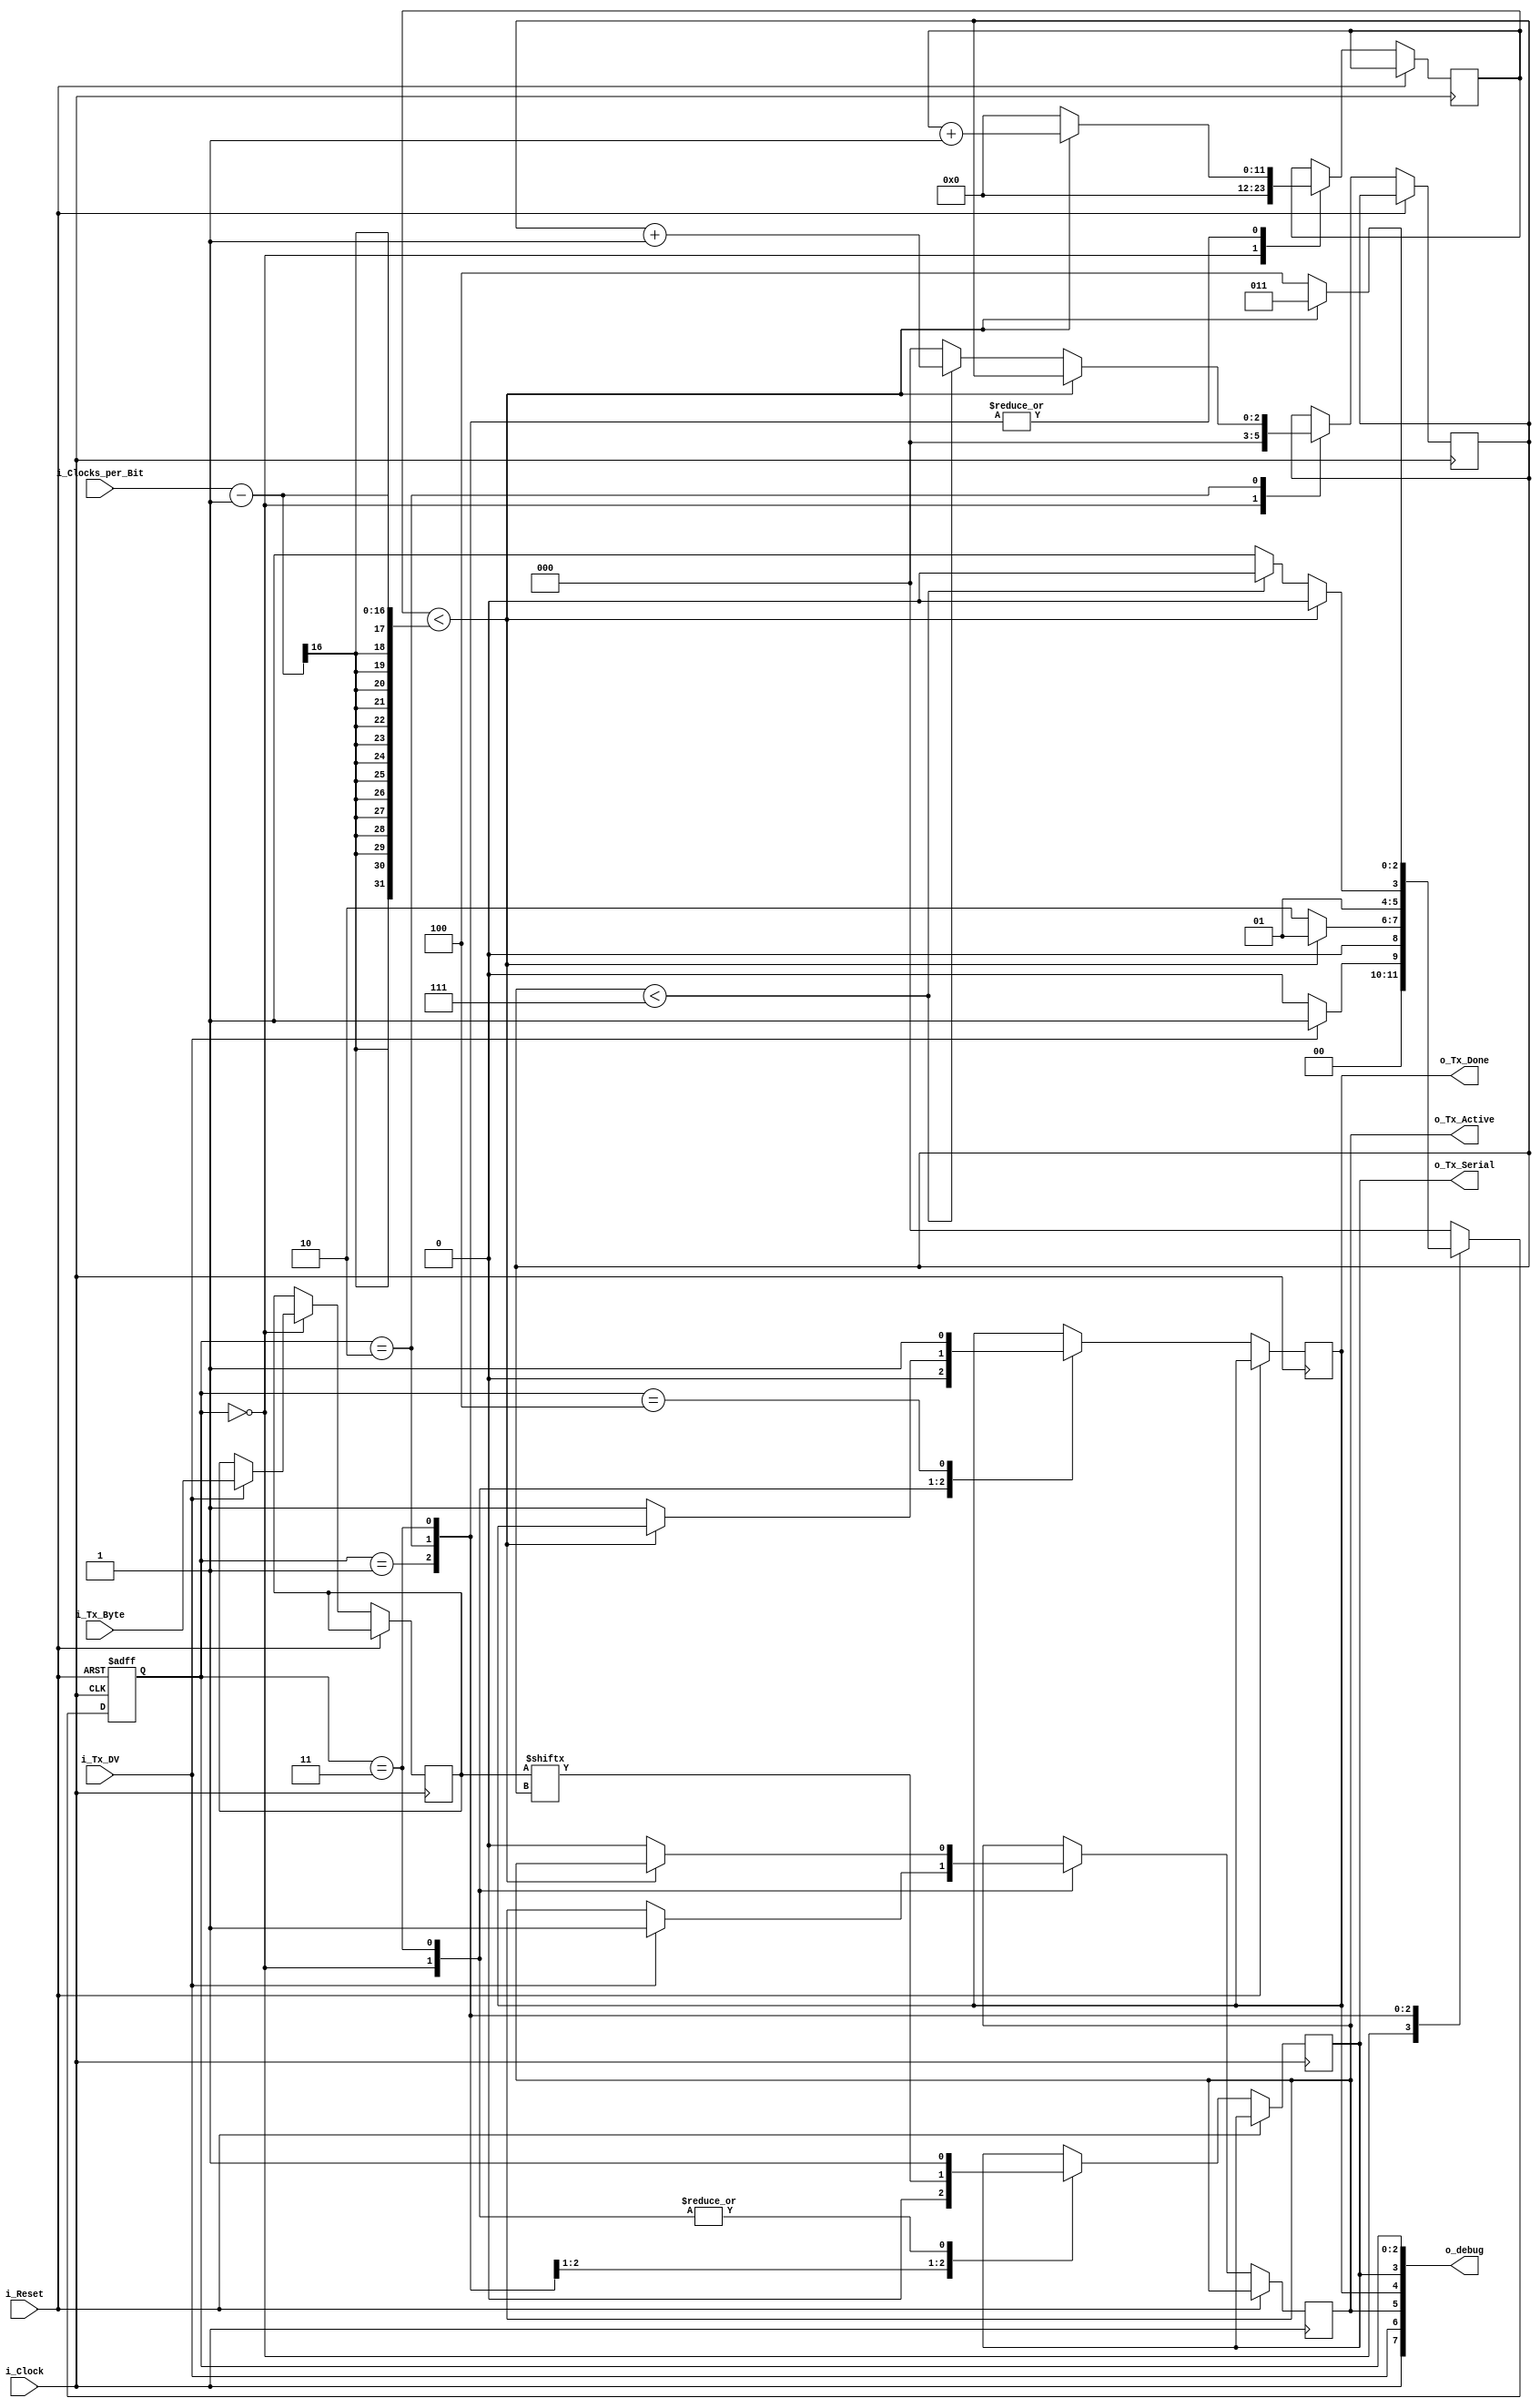
//////////////////////////////////////////////////////////////////////
// File Downloaded from http://www.nandland.com
//////////////////////////////////////////////////////////////////////
// This file contains the UART Transmitter.  This transmitter is able
// to transmit 8 bits of serial data, one start bit, one stop bit,
// and no parity bit.  When transmit is complete o_Tx_done will be
// driven high for one clock cycle.
//
// input i_Clocks_per_Bit = (Frequency of i_Clock)/(Frequency of UART)
// Example: 100 MHz Clock, 1MHz baud UART
// i_Clocks_per_Bit = (100,000,000)/(1,000,000) = 100
//
// when input i_Tx_DV goes high, data i_Tx_Byte is latched and transmitted
// when transmission is done, o_Tx_Done is asserted for 1 or 2 clock cycles
//  
module uart_tx (
   input       i_Clock,
   input [15:0] i_Clocks_per_Bit,
   input       i_Reset,
   input       i_Tx_DV,
   input [7:0] i_Tx_Byte, 
   output      o_Tx_Active,
   output reg  o_Tx_Serial,
   output      o_Tx_Done,
   output [7:0] o_debug
   );
  
  localparam s_IDLE         = 3'b000;
  localparam s_TX_START_BIT = 3'b001;
  localparam s_TX_DATA_BITS = 3'b010;
  localparam s_TX_STOP_BIT  = 3'b011;
  localparam s_CLEANUP      = 3'b100;
   
  reg [2:0]    r_SM_Main     = 0;
  reg [11:0]   r_Clock_Count = 0;
  reg [2:0]    r_Bit_Index   = 0; // which of 8 max data bits
  reg [7:0]    r_Tx_Data     = 0;
  reg          r_Tx_Done     = 0;
  reg          r_Tx_Active   = 0;
 
  assign o_debug = {i_Clock,i_Tx_DV,o_Tx_Active,o_Tx_Done,o_Tx_Serial,r_SM_Main};
  always @(posedge i_Clock or posedge i_Reset)
    if (i_Reset) r_SM_Main <= s_IDLE;
    else begin
       
      case (r_SM_Main)
        s_IDLE :
          begin
            o_Tx_Serial   <= 1'b1;         // Drive Line High for Idle
            r_Tx_Done     <= 1'b0;
            r_Clock_Count <= 0;
            r_Bit_Index   <= 0;
             
            if (i_Tx_DV == 1'b1)
              begin
                r_Tx_Active <= 1'b1;
                r_Tx_Data   <= i_Tx_Byte;
                r_SM_Main   <= s_TX_START_BIT;
              end
            else
              r_SM_Main <= s_IDLE;
          end // case: s_IDLE
         
         
        // Send out Start Bit. Start bit = 0
        s_TX_START_BIT :
          begin
            o_Tx_Serial <= 1'b0;
             
            // Wait i_Clocks_per_Bit-1 clock cycles for start bit to finish
            if (r_Clock_Count < i_Clocks_per_Bit-1)
              begin
                r_Clock_Count <= r_Clock_Count + 1;
                r_SM_Main     <= s_TX_START_BIT;
              end
            else
              begin
                r_Clock_Count <= 0;
                r_SM_Main     <= s_TX_DATA_BITS;
              end
          end // case: s_TX_START_BIT
         
         
        // Wait i_Clocks_per_Bit-1 clock cycles for data bits to finish         
        s_TX_DATA_BITS :
          begin
            o_Tx_Serial <= r_Tx_Data[r_Bit_Index];
             
            if (r_Clock_Count < i_Clocks_per_Bit-1)
              begin
                r_Clock_Count <= r_Clock_Count + 1;
                r_SM_Main     <= s_TX_DATA_BITS;
              end
            else
              begin
                r_Clock_Count <= 0;
                 
                // Check if we have sent out all bits
                if (r_Bit_Index < 7)
                  begin
                    r_Bit_Index <= r_Bit_Index + 1;
                    r_SM_Main   <= s_TX_DATA_BITS;
                  end
                else
                  begin
                    r_Bit_Index <= 0;
                    r_SM_Main   <= s_TX_STOP_BIT;
                  end
              end
          end // case: s_TX_DATA_BITS
         
         
        // Send out Stop bit.  Stop bit = 1
        s_TX_STOP_BIT :
          begin
            o_Tx_Serial <= 1'b1;
             
            // Wait i_Clocks_per_Bit-1 clock cycles for Stop bit to finish
            if (r_Clock_Count < i_Clocks_per_Bit-1)
              begin
                r_Clock_Count <= r_Clock_Count + 1;
                r_SM_Main     <= s_TX_STOP_BIT;
              end
            else
              begin
                r_Tx_Done     <= 1'b1;
                r_Clock_Count <= 0;
                r_SM_Main     <= s_CLEANUP;
                r_Tx_Active   <= 1'b0;
              end
          end // case: s_Tx_STOP_BIT
         
         
        // Stay here 1 clock
        s_CLEANUP :
          begin
            r_Tx_Done <= 1'b1;
            r_SM_Main <= s_IDLE;
          end
         
         
        default :
          r_SM_Main <= s_IDLE;
         
      endcase
    end
 
  assign o_Tx_Active = r_Tx_Active;
  assign o_Tx_Done   = r_Tx_Done;
   
endmodule